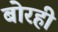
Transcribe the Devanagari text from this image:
बोरही